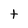
Character: t